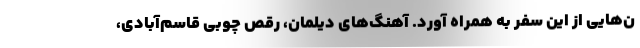
ن‌هایی از این سفر به همراه آورد. آهنگ‌های دیلمان، رقص چوبی قاسم‌آبادی،